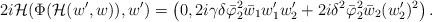
LaTeX: \begin{align*}2i{\mathcal H}(\Phi({\mathcal H}(w',w)),w')=\left(0,2i\gamma\delta\bar\varphi^2_2\bar w_1w_1'w_2'+2i\delta^2\bar\varphi^2_2\bar w_2(w_2')^2\right).\end{align*}